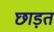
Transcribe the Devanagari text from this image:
छाड़त